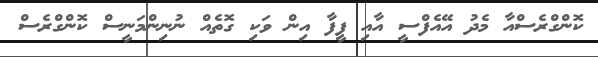
ކޮންގްރެސްއާ މެދު އޭއެފްސީ އާއި ފީފާ އިން ވަކި ގޮތެއް ނުނިންމަނީސް ކޮންގްރެސް